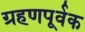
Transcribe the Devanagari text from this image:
ग्रहणपूर्वक